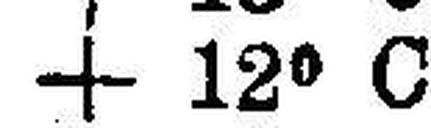
+ 12° C